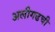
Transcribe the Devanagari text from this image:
अलीगढची